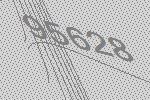
95628